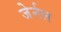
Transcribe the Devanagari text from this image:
जेर्नल